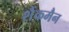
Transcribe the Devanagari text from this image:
शैंकमैन